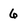
Character: 6